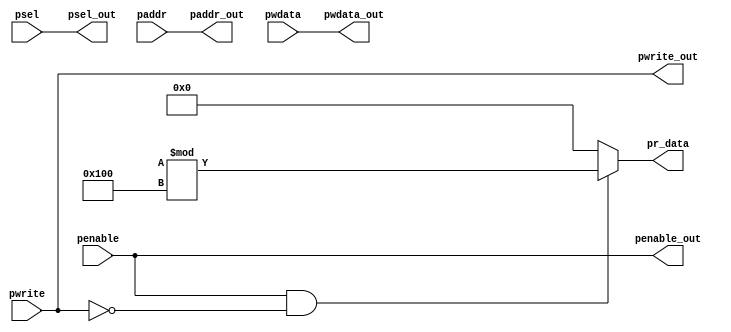
module apb_interface(penable, pwrite, pwdata, paddr,psel,penable_out,
pwrite_out,pwdata_out,paddr_out,psel_out,pr_data);
input penable, pwrite;
input [31:0]pwdata, paddr;
input [2:0]psel;
output penable_out, pwrite_out;
output [31:0]pwdata_out,paddr_out;
output [2:0]psel_out;
output reg [31:0]pr_data;

assign penable_out=penable;
assign pwrite_out=pwrite;
assign pwdata_out=pwdata;
assign paddr_out=paddr;
assign psel_out=psel;
always@(*)
begin
if(penable==1 && pwrite==0)
pr_data={$random}%256;
else
pr_data=0;
end
endmodule